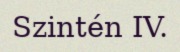
Szintén IV.